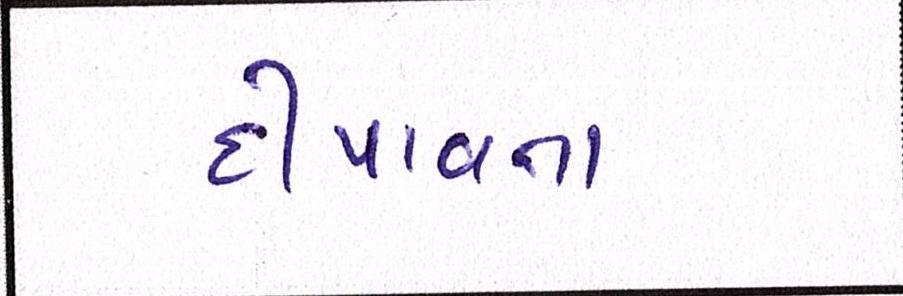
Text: દીપાવતા